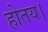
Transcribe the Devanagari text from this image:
होतय।